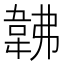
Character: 𩎛